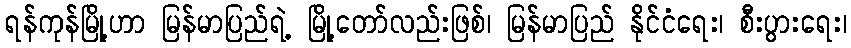
ရန်ကုန်မြို့ဟာ မြန်မာပြည်ရဲ့ မြို့တော်လည်းဖြစ်၊ မြန်မာပြည် နိုင်ငံရေး၊ စီးပွားရေး၊